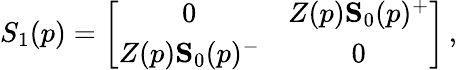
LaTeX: S_{1}(p)=\left[\begin{array}{cc}{{0}}&{{Z(p){\mathbf S}_{0}(p)^{+}}}\\ {{Z(p){\mathbf S}_{0}(p)^{-}}}&{{0}}\end{array}\right]\, ,